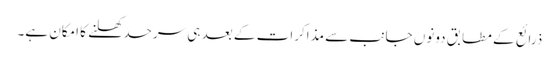
ذرائع کے مطابق دونوں جانب سے مذاکرات کے بعد ہی سرحد کھلنے کا امکان ہے۔